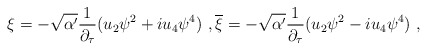
\begin{align*}\xi=-\sqrt{\alpha'}\frac{1}{\partial_{\tau}}(u_2\psi^2+iu_4\psi^4) \ ,\overline{\xi}=-\sqrt{\alpha'}\frac{1}{\partial_{\tau}}(u_2\psi^2-iu_4\psi^4) \ ,\end{align*}